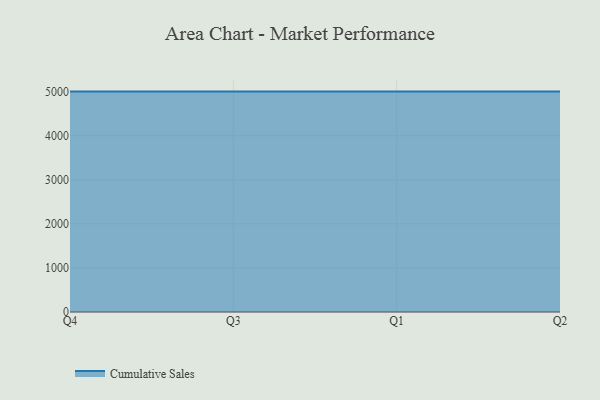
{"axis": {"x": "Quarter", "y": "Operating Costs (USD K)"}, "legend": ["Cumulative Sales"], "data": [{"x": "Q4", "y": 5000, "type": "Cumulative Sales"}, {"x": "Q3", "y": 5000, "type": "Cumulative Sales"}, {"x": "Q1", "y": 5000, "type": "Cumulative Sales"}, {"x": "Q2", "y": 5000, "type": "Cumulative Sales"}]}